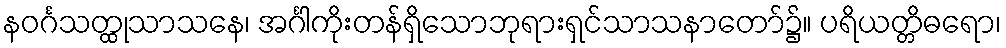
နဝင်္ဂသတ္ထုသာသနေ၊ အင်္ဂါကိုးတန်ရှိသောဘုရားရှင်သာသနာတော်၌။ ပရိယတ္တိဓရော၊